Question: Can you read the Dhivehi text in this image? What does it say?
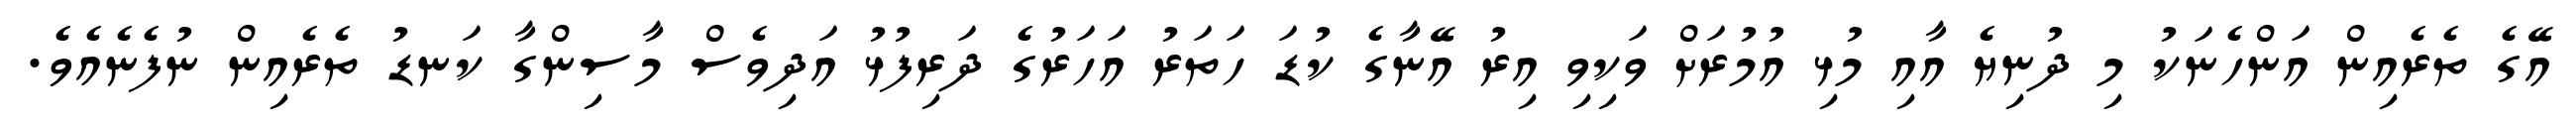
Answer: އޭގެ ތެރެއިން އަންހެނަކު މި ދުނިޔެ އާއި މުޅި އުމުރަށް ވަކިވި އިރު އޭނާގެ ކުޑަ ހަތަރު އަހަރުގެ ދަރިފުޅު އަދިވެސް މާސިންގާ ކަނޑު ތެރެއިން ނުފެނެއެވެ.